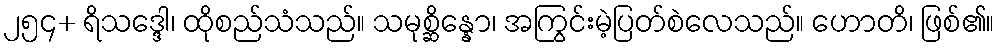
၂၅၄+ ရိသဒ္ဒေါ၊ ထိုစည်သံသည်။ သမုစ္ဆိန္နော၊ အကြွင်းမဲ့ပြတ်စဲလေသည်။ ဟောတိ၊ ဖြစ်၏။